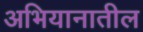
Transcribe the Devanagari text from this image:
अभियानातील